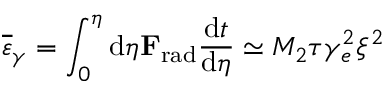
\overline { { \varepsilon } } _ { \gamma } = \int _ { 0 } ^ { \eta } \mathrm { d } \eta { \bf F } _ { \mathrm { r a d } } \frac { \mathrm { d } t } { \mathrm { d } \eta } \simeq M _ { 2 } \tau \gamma _ { e } ^ { 2 } \xi ^ { 2 }